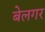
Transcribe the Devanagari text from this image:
बेलगर